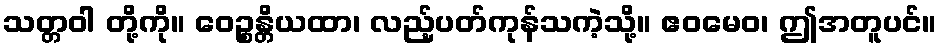
သတ္တဝါ တို့ကို။ ဝေဉ္စန္တိယထာ၊ လည့်ပတ်ကုန်သကဲ့သို့။ ဧဝမေဝ၊ ဤအတူပင်။